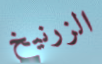
الزرنيخ